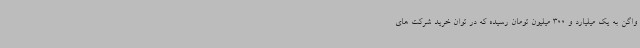
واگن به یک میلیارد و 300 میلیون تومان رسیده که در توان خرید شرکت های